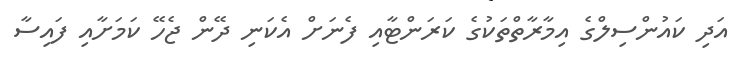
އަދި ކައުންސިލްގެ އިމާރާތްތަކުގެ ކަރަންޓާއި ފެނަށް އެކަނި ދޭން ޖެހޭ ކަމަށާއި ފައިސާ